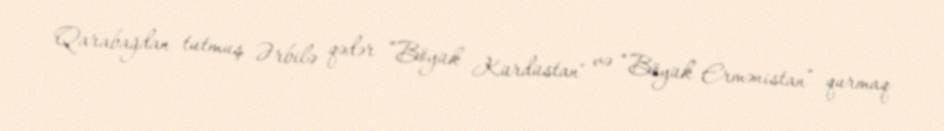
Qarabağdan tutmuş Ərbilə qədər ”Böyük Kürdüstan" və “Böyük Ermənistan” qurmaq